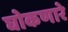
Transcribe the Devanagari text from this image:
घोकणारे